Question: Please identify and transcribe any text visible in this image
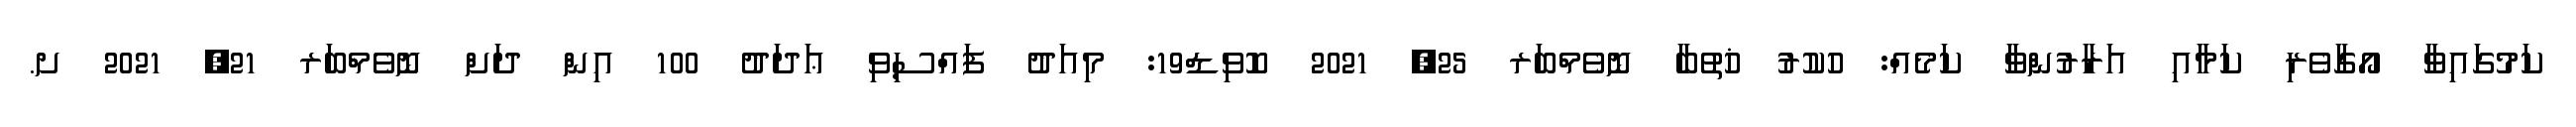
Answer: ކަމުގައިވާ އޯގާވެރި ކަމާއި އަރާރުންވާ ކަމެއް: ހުކުރު ޚުތުބާ ނޮވެމްބަރ 25, 2021 ކޮވިޑް19: މިއަދު ފައްސިވި ޢަދަދު 100 އިން ދަށް ނޮވެމްބަރ 21, 2021 ށ.